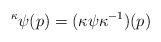
LaTeX: \begin{align*}{}^{\kappa}\!\,\psi(p)=(\kappa\psi\kappa^{-1})(p)\end{align*}